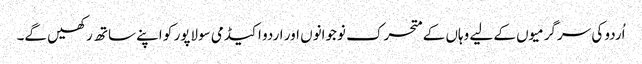
اُردو کی سرگرمیوں کے لیے وہاں کے متحرک نوجوانوں اور اردو اکیڈمی سولاپور کو اپنے ساتھ رکھیں گے۔